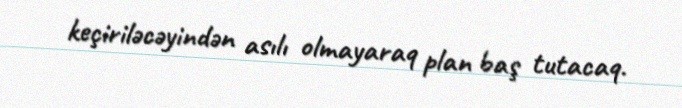
keçiriləcəyindən asılı olmayaraq plan baş tutacaq.